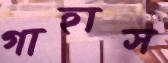
গাহাস